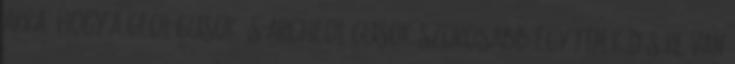
arra, hogy a geológusok és archeológusok szorosabb együttműködésére van